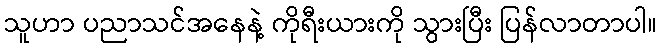
သူဟာ ပညာသင်အနေနဲ့ ကိုရီးယားကို သွားပြီး ပြန်လာတာပါ။